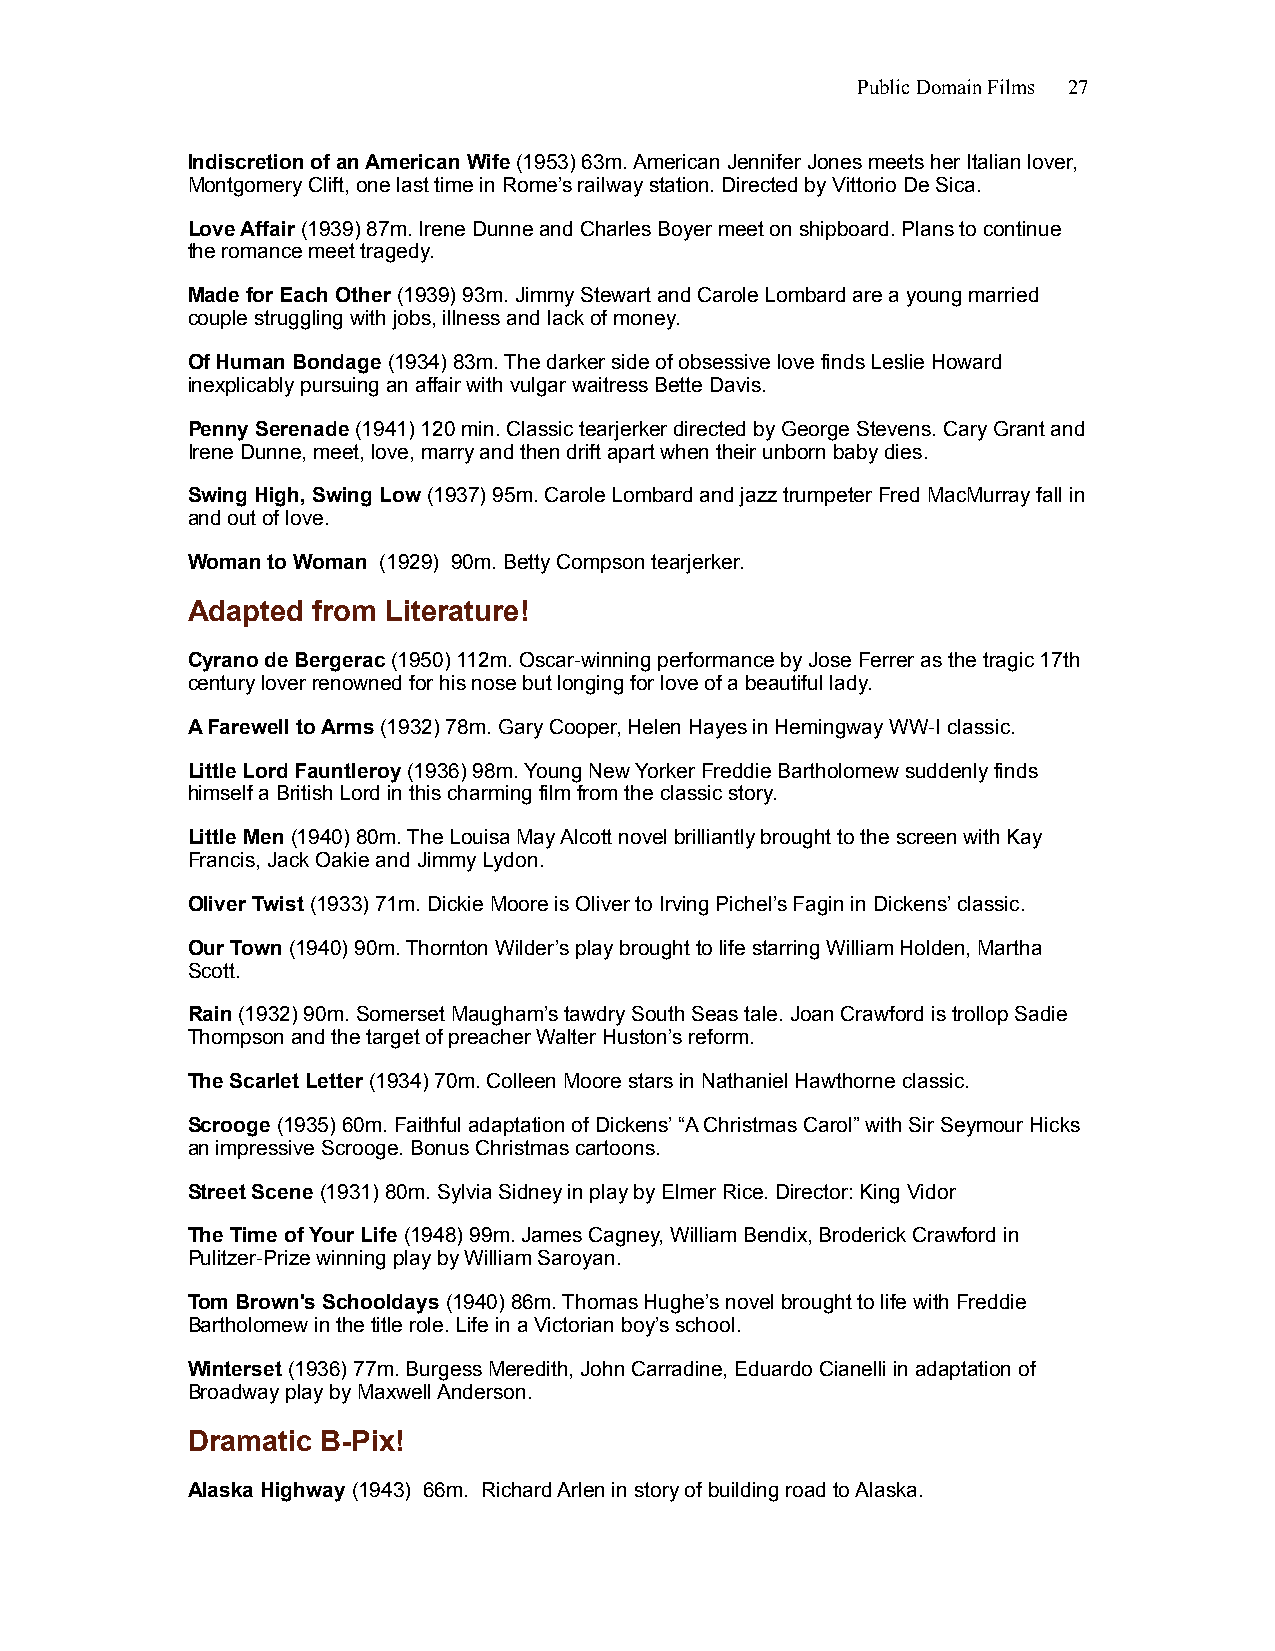
Public Domain Films 27
 Indiscretion of an American Wife (1953) 63m. American Jennifer Jones meets her Italian lover,
 Montgomery Clift, one last time in Rome’s railway station. Directed by Vittorio De Sica.
 Love Affair (1939) 87m. Irene Dunne and Charles Boyer meet on shipboard. Plans to continue
 the romance meet tragedy.
 Made for Each Other (1939) 93m. Jimmy Stewart and Carole Lombard are a young married
 couple struggling with jobs, illness and lack of money.
 Of Human Bondage (1934) 83m. The darker side of obsessive love finds Leslie Howard
 inexplicably pursuing an affair with vulgar waitress Bette Davis.
 Penny Serenade (1941) 120 min. Classic tearjerker directed by George Stevens. Cary Grant and
 Irene Dunne, meet, love, marry and then drift apart when their unborn baby dies.
 Swing High, Swing Low (1937) 95m. Carole Lombard and jazz trumpeter Fred MacMurray fall in
 and out of love.
 Woman to Woman (1929) 90m. Betty Compson tearjerker.
 Adapted  from Literature!
 Cyrano de Bergerac (1950) 112m. Oscar-winning performance by Jose Ferrer as the tragic 17th
 century lover renowned for his nose but longing for love of a beautiful lady.
 A Farewell to Arms (1932) 78m. Gary Cooper, Helen Hayes in Hemingway WW-I classic.
 Little Lord Fauntleroy (1936) 98m. Young New Yorker Freddie Bartholomew suddenly finds
 himself a British Lord in this charming film from the classic story.
 Little Men (1940) 80m. The Louisa May Alcott novel brilliantly brought to the screen with Kay
 Francis, Jack Oakie and Jimmy Lydon.
 Oliver Twist (1933) 71m. Dickie Moore is Oliver to Irving Pichel’s Fagin in Dickens’ classic.
 Our Town (1940) 90m. Thornton Wilder’s play brought to life starring William Holden, Martha
 Scott.
 Rain (1932) 90m. Somerset Maugham’s tawdry South Seas tale. Joan Crawford is trollop Sadie
 Thompson and the target of preacher Walter Huston’s reform.
 The Scarlet Letter (1934) 70m. Colleen Moore stars in Nathaniel Hawthorne classic.
 Scrooge (1935) 60m. Faithful adaptation of Dickens’ “A Christmas Carol” with Sir Seymour Hicks
 an impressive Scrooge. Bonus Christmas cartoons.
 Street Scene (1931) 80m. Sylvia Sidney in play by Elmer Rice. Director: King Vidor
 The Time of Your Life (1948) 99m. James Cagney, William Bendix, Broderick Crawford in
 Pulitzer-Prize winning play by William Saroyan.
 Tom Brown's Schooldays (1940) 86m. Thomas Hughe’s novel brought to life with Freddie
 Bartholomew in the title role. Life in a Victorian boy’s school.
 Winterset (1936) 77m. Burgess Meredith, John Carradine, Eduardo Cianelli in adaptation of
 Broadway play by Maxwell Anderson.
 Dramatic B-Pix!
 Alaska Highway (1943) 66m. Richard Arlen in story of building road to Alaska.